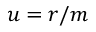
u = r / m